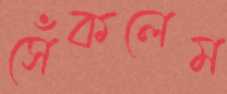
সেঁকলেম